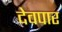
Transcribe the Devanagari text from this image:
देवपार